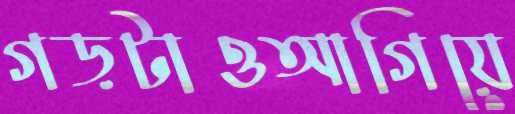
গড়টাওআগিয়ে